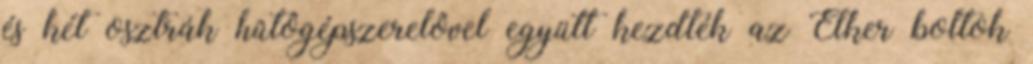
és két osztrák hûtôgépszerelôvel együtt kezdték az Élker boltok